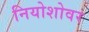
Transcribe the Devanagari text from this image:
नियोशोवर